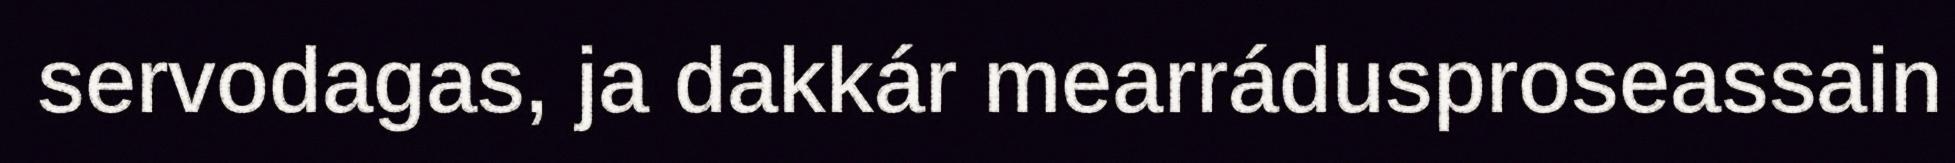
servodagas, ja dakkár mearrádusproseassain